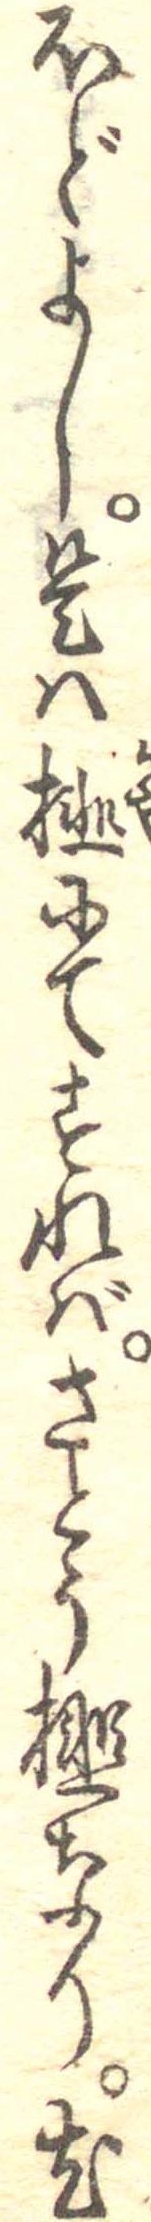
ほどよし是は榧にてすればさとう榧なり尤